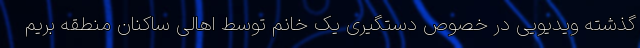
گذشته ویدیویی در خصوص دستگیری یک خانم توسط اهالی ساکنان منطقه بریم